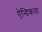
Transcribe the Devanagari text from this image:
ऐन्द्रिकता